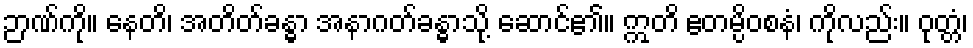
ဉာဏ်ကို။ နေတိ၊ အတိတ်ခန္ဓာ အနာဂတ်ခန္ဓာသို့ ဆောင်၏။ ဣတိ ဧတမ္ပိဝစနံ၊ ကိုလည်း။ ဝုတ္တံ၊